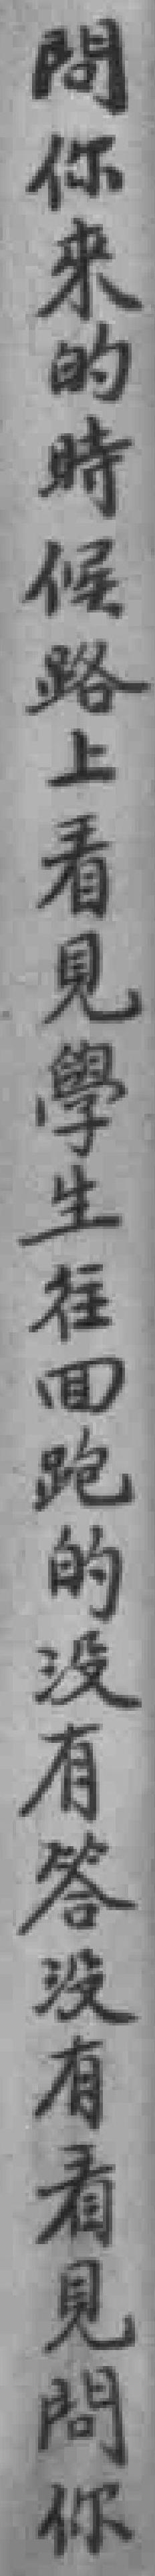
問你来的時候路上看見學生往囬跑的沒有答沒有看見問你